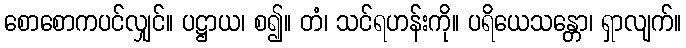
စောစောကပင်လျှင်။ ပဋ္ဌာယ၊ စ၍။ တံ၊ သင်ရဟန်းကို။ ပရိယေသန္တော၊ ရှာလျက်။